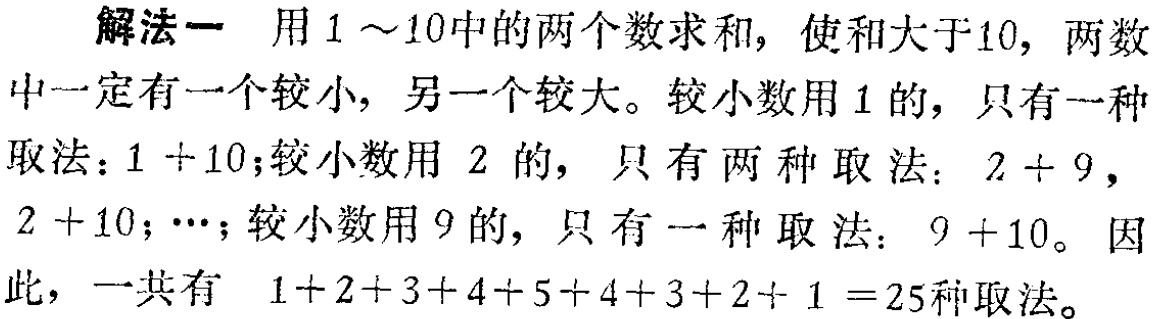
解法一 用\(1 \sim10\)中的两个数求和，使和大于\(10\)，两数中一定有一个较小，另一个较大。较小数用\(1\)的，只有一种取法：\(1 + 10\)；较小数用 \(2\) 的，只有两种取法：\(2 + 9\)，\(2 + 10\)；\(\cdots\)；较小数用\(9\)的，只有一种取法：\(9 + 10\)。 因此，一共有 \(1+2+3+4+5+4+3+2+ 1 =25\)种取法。